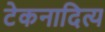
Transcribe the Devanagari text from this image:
टेकनादित्य